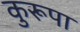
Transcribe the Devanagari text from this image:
कुरूपा